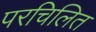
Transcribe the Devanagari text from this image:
परचिलित